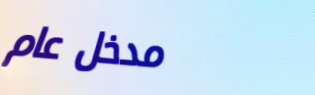
مدخل عام